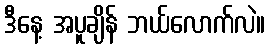
ဒီနေ့ အပူချိန် ဘယ်လောက်လဲ။